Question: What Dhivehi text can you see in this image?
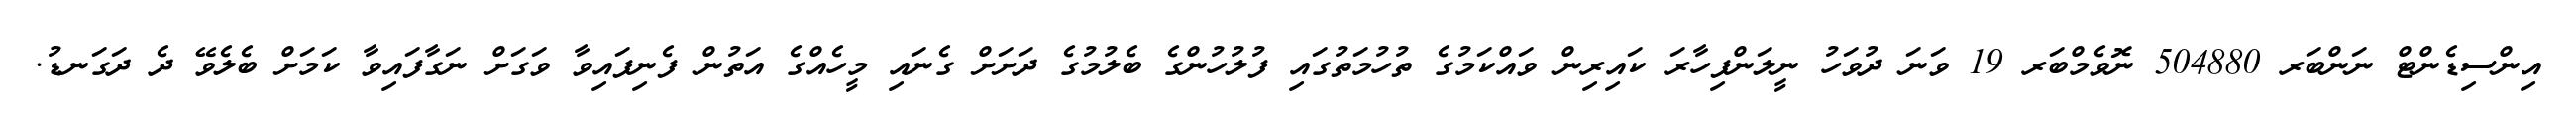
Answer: އިންސިޑެންޓް ނަންބަރ 504880 ނޮވެމްބަރ 19 ވަނަ ދުވަހު ނީލަންފިހާރަ ކައިރިން ވައްކަމުގެ ތުހުމަތުގައި ފުލުހުންގެ ބެލުމުގެ ދަށަށް ގެނައި މީހެއްގެ އަތުން ފެނިފައިވާ ވަގަށް ނަގާފައިވާ ކަމަށް ބެލެވޭ ދެ ދަގަނޑު.